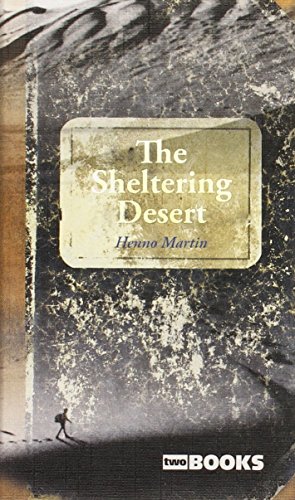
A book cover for The Sheltering Desert; Henno Martin; Travel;